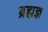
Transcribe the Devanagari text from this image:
ब्रह्मज्ञ